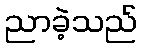
ညာခဲ့သည်